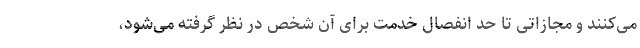
می‌کنند و مجازاتی تا حد انفصال خدمت برای آن شخص در نظر گرفته می‌شود،